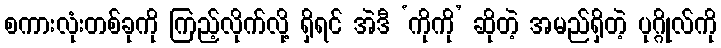
စကားလုံးတစ်ခုကို ကြည့်လိုက်လို့ ရှိရင် အဲဒီ ‘ကိုကို’ ဆိုတဲ့ အမည်ရှိတဲ့ ပုဂ္ဂိုလ်ကို